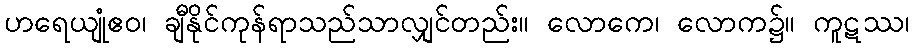
ဟရေယျုံဧဝ၊ ချီနိုင်ကုန်ရာသည်သာလျှင်တည်း။ လောကေ၊ လောက၌။ ကူဋဿ၊